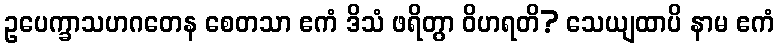
ဥပေက္ခာသဟဂတေန စေတသာ ဧကံ ဒိသံ ဖရိတွာ ဝိဟရတိ? သေယျထာပိ နာမ ဧကံ